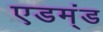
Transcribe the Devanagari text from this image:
एडम्ंड